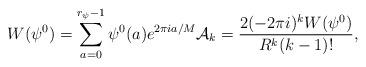
LaTeX: \begin{align*} W(\psi^0)=\displaystyle\sum_{a=0}^{r_\psi-1}\psi^0(a)e^{2\pi i a/M}\mathcal{A}_k=\dfrac{2(-2\pi i)^{k}W(\psi^0)}{R^k(k-1)!},\end{align*}